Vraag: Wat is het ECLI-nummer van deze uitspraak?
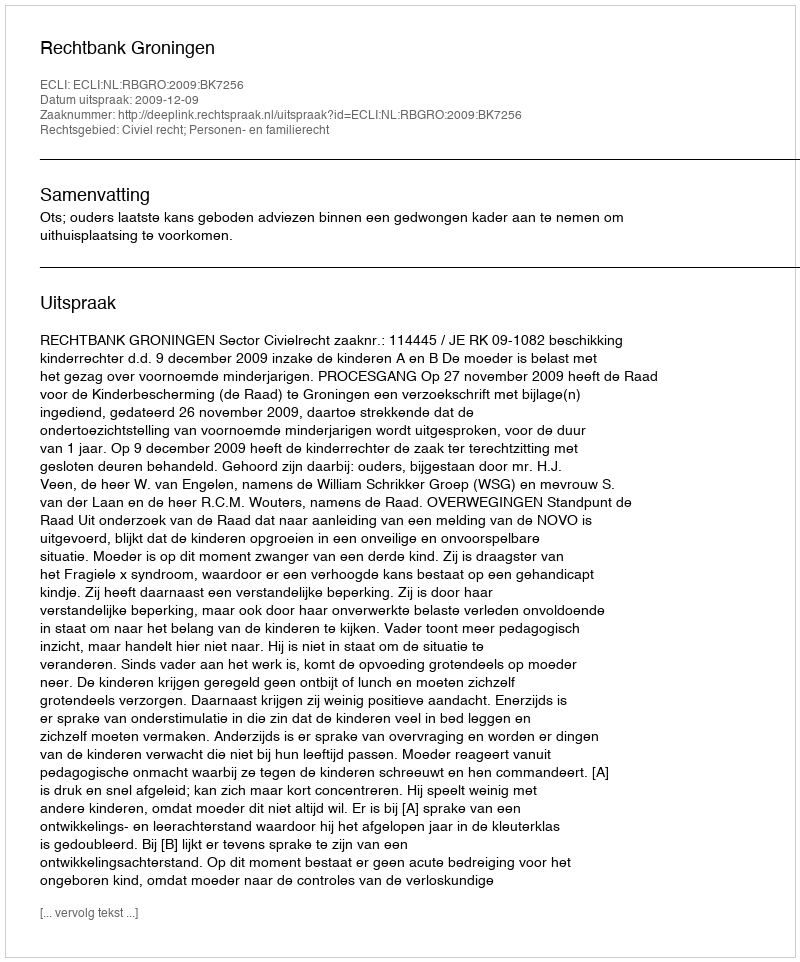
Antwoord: ECLI:NL:RBGRO:2009:BK7256